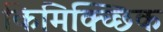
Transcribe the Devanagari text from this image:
किमिक्च्छिक